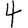
Digit: 4